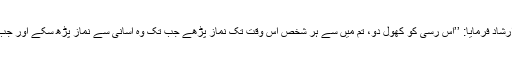
حضور سیدُ المرسَلینصَلَّی اللہُ تَعَالٰی عَلَیْہِ وَاٰلِہٖ وَسَلَّمَ نے ارشاد فرمایا: ’’اس رسی کو کھول دو، تم میں سے ہر شخص اس وقت تک نماز پڑھے جب تک وہ آسانی سے نماز پڑھ سکے اور جب اس پر تھکن یا سستی طاری ہو تو وہ بیٹھ جایا کرے۔